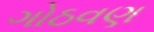
ગોઠવણ